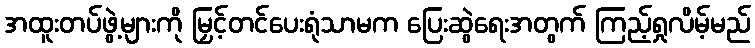
အထူးတပ်ဖွဲ့များကို မြှင့်တင်ပေးရုံသာမက ပြေးဆွဲရေးအတွက် ကြည့်ရှုလိမ့်မည်